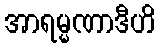
အာရမ္မဏာဒီဟိ